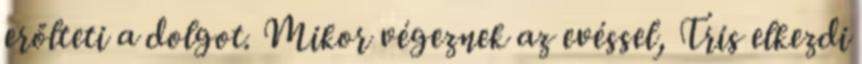
erőlteti a dolgot. Mikor végeznek az evéssel, Tris elkezdi